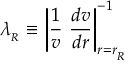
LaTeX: \lambda _ { _ R } \equiv \left| { \frac { 1 } { v } } \ { \frac { d v } { d r } } \right| _ { r = r _ { _ R } } ^ { - 1 }